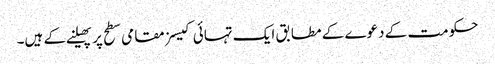
حکومت کے دعوے کے مطابق ایک تہائی کیسز مقامی سطح پر پھیلنے کے ہیں۔